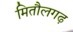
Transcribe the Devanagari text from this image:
मितौलगढ़